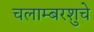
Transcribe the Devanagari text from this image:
चलाम्बरशुचे